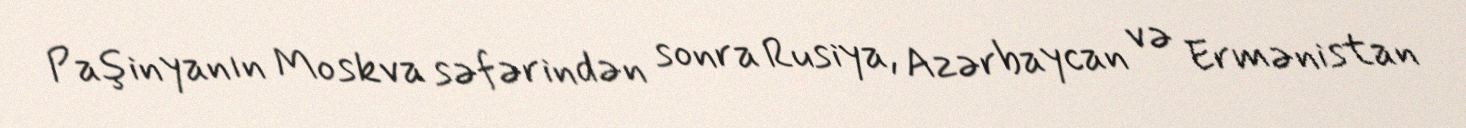
Paşinyanın Moskva səfərindən sonra Rusiya, Azərbaycan və Ermənistan